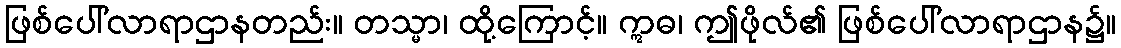
ဖြစ်ပေါ်လာရာဌာနတည်း။ တသ္မာ၊ ထို့ကြောင့်။ ဣဓ၊ ဤဖိုလ်၏ ဖြစ်ပေါ်လာရာဌာန၌။